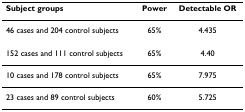
<table><thead><tr><td><b>Subject groups</b></td><td><b>Power</b></td><td><b>Detectable OR</b></td></tr></thead><tbody><tr><td>46 cases and 204 control subjects</td><td>65%</td><td>4.435</td></tr><tr><td>152 cases and 111 control subjects</td><td>65%</td><td>4.400</td></tr><tr><td>10 cases and 178 control subjects</td><td>65%</td><td>7.975</td></tr><tr><td>23 cases and 89 control subjects</td><td>60%</td><td>5.725</td></tr></tbody></table>